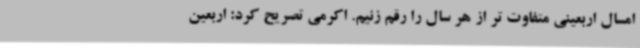
امسال اربعینی متفاوت تر از هر سال را رقم زنیم. اکرمی تصریح کرد: اربعین